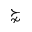
\succnsim